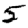
Digit: 5